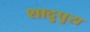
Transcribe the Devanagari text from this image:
शादुपुरा